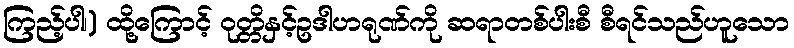
ကြည့်ပါ၊) ထို့ကြောင့် ဝုတ္တိနှင့်ဥဒါဟရုဏ်ကို ဆရာတစ်ပါးစီ စီရင်သည်ဟူသော